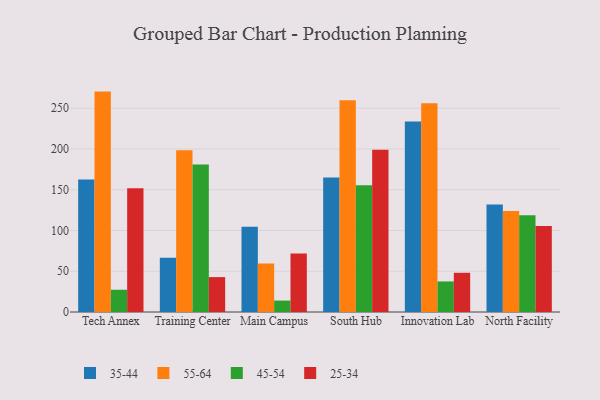
{"axis": {"x": "Campus", "y": "Backlog"}, "legend": ["25-34", "35-44", "45-54", "55-64"], "data": [{"x": "Tech Annex", "y": 162.7, "type": "35-44"}, {"x": "Tech Annex", "y": 270.4, "type": "55-64"}, {"x": "Tech Annex", "y": 27.3, "type": "45-54"}, {"x": "Tech Annex", "y": 151.7, "type": "25-34"}, {"x": "Training Center", "y": 66.7, "type": "35-44"}, {"x": "Training Center", "y": 198.4, "type": "55-64"}, {"x": "Training Center", "y": 181.1, "type": "45-54"}, {"x": "Training Center", "y": 42.8, "type": "25-34"}, {"x": "Main Campus", "y": 104.5, "type": "35-44"}, {"x": "Main Campus", "y": 59.5, "type": "55-64"}, {"x": "Main Campus", "y": 14.0, "type": "45-54"}, {"x": "Main Campus", "y": 71.8, "type": "25-34"}, {"x": "South Hub", "y": 165.1, "type": "35-44"}, {"x": "South Hub", "y": 259.8, "type": "55-64"}, {"x": "South Hub", "y": 155.5, "type": "45-54"}, {"x": "South Hub", "y": 199.0, "type": "25-34"}, {"x": "Innovation Lab", "y": 233.8, "type": "35-44"}, {"x": "Innovation Lab", "y": 256.1, "type": "55-64"}, {"x": "Innovation Lab", "y": 37.5, "type": "45-54"}, {"x": "Innovation Lab", "y": 48.1, "type": "25-34"}, {"x": "North Facility", "y": 132.0, "type": "35-44"}, {"x": "North Facility", "y": 124.0, "type": "55-64"}, {"x": "North Facility", "y": 118.7, "type": "45-54"}, {"x": "North Facility", "y": 105.6, "type": "25-34"}]}